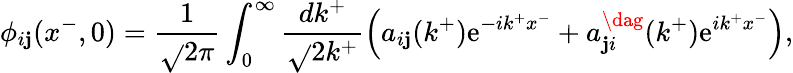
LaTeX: \phi_{i\mathbf{j}}(x^{-},0)=\frac{{1}}{{\sqrt{}{{2\pi}}}}\int_{0}^{\infty}\frac{{dk^{+}}}{{\sqrt{}{{2k^{+}}}}}\left(a_{i\mathbf{j}}(k^{+})\mathrm{{e}}^{-ik^{+}x^{-}}+a_{\mathbf{j}i}^{\dag}(k^{+})\mathrm{{e}}^{ik^{+}x^{-}}\right),